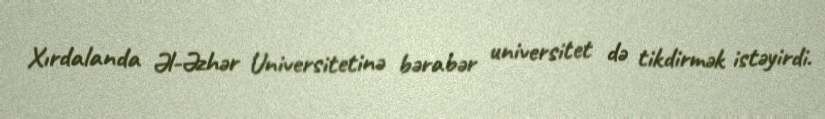
Xırdalanda Əl-Əzhər Universitetinə bərabər universitet də tikdirmək istəyirdi.